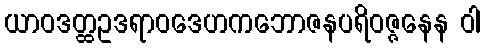
ယာဝဒတ္ထဥဒရာဝဒေဟကဘောဇနပရိဝဇ္ဇနေန ဝါ